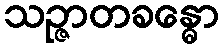
သဉ္ဇာတခန္ဓော